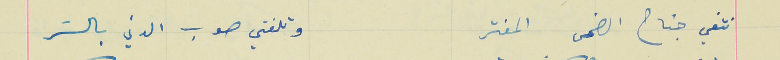
نتفي جناح الضحى المفتر                                وتلفتي صوب الدني بالسَر